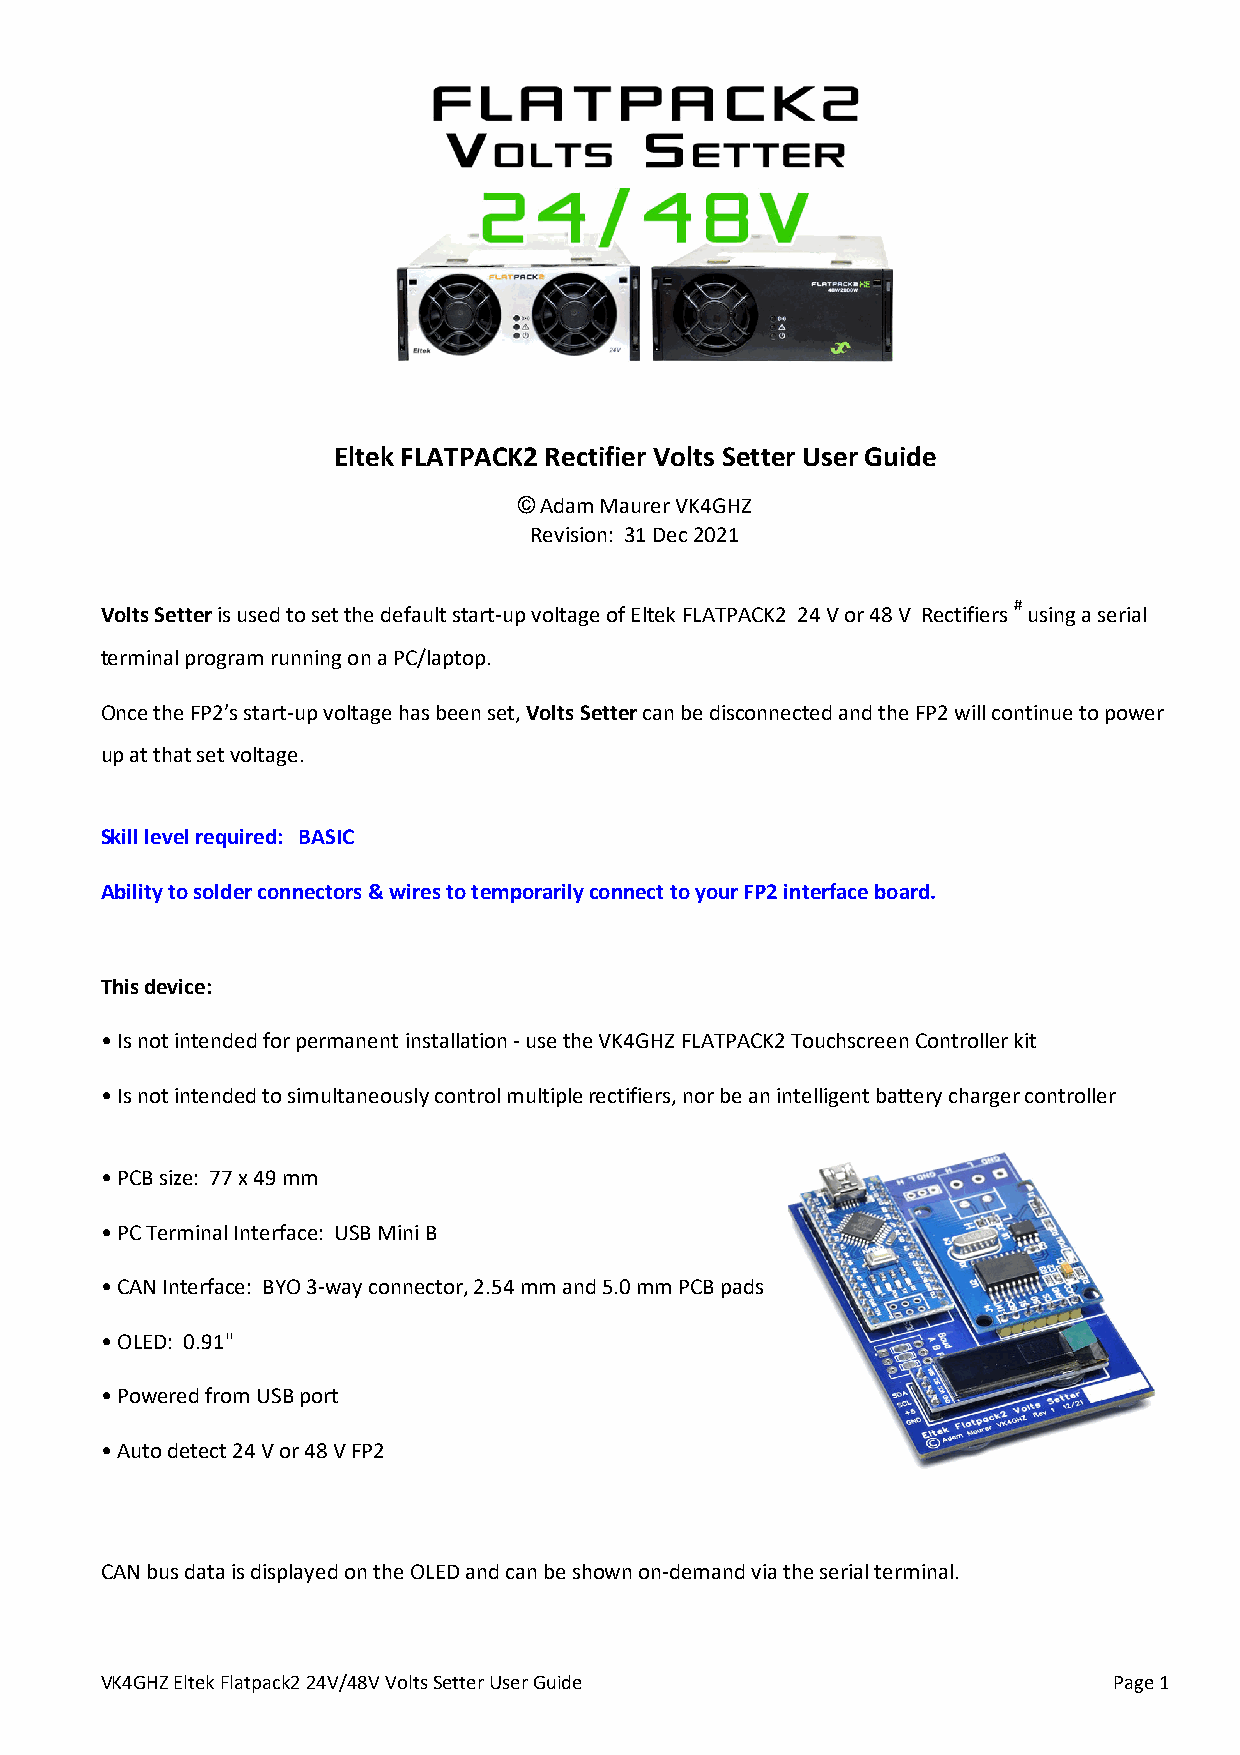
Eltek FLATPACK2 Rectifier Volts Setter User Guide
 © Adam Maurer VK4GHZ
 Revision: 31 Dec 2021
 #
 Volts Setter is used to set the default start-up voltage of Eltek FLATPACK2 24 V or 48 V Rectifiers using a serial
 terminal program running on a PC/laptop.
 Once the FP2’s start-up voltage has been set, Volts Setter can be disconnected and the FP2 will continue to power
 up at that set voltage.
 Skill level required: BASIC
 Ability to solder connectors & wires to temporarily connect to your FP2 interface board.
 This device:
 • Is not intended for permanent installation - use the VK4GHZ FLATPACK2 Touchscreen Controller kit
 • Is not intended to simultaneously control multiple rectifiers, nor be an intelligent battery charger controller
 • PCB size: 77 x 49 mm
 • PC Terminal Interface: USB Mini B
 • CAN Interface: BYO 3-way connector, 2.54 mm and 5.0 mm PCB pads
 • OLED: 0.91"
 • Powered from USB port
 • Auto detect 24 V or 48 V FP2
 CAN bus data is displayed on the OLED and can be shown on-demand via the serial terminal.
 VK4GHZ Eltek Flatpack2 24V/48V Volts Setter User Guide             Page 1